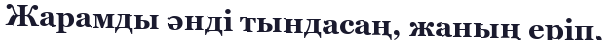
Жарамды әнді тындасаң, жаның еріп,